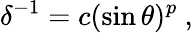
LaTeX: \delta^{-1}=c(\sin\theta)^{p}\ ,